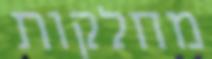
מחלקות